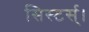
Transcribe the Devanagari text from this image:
सिस्टर्स्।